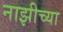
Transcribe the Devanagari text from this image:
नाझीच्या